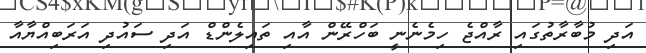
އަދި މުބާރާތުގައި ރާއްޖެ ހިމެނެނީ ބަހްރޭން އާއި ތައިލެންޑް އަދި ސައުދި އަރަބިއްޔާއާ